Lunatic asylums United Prov. 1922-30 - 1922-1930
Year: 1922
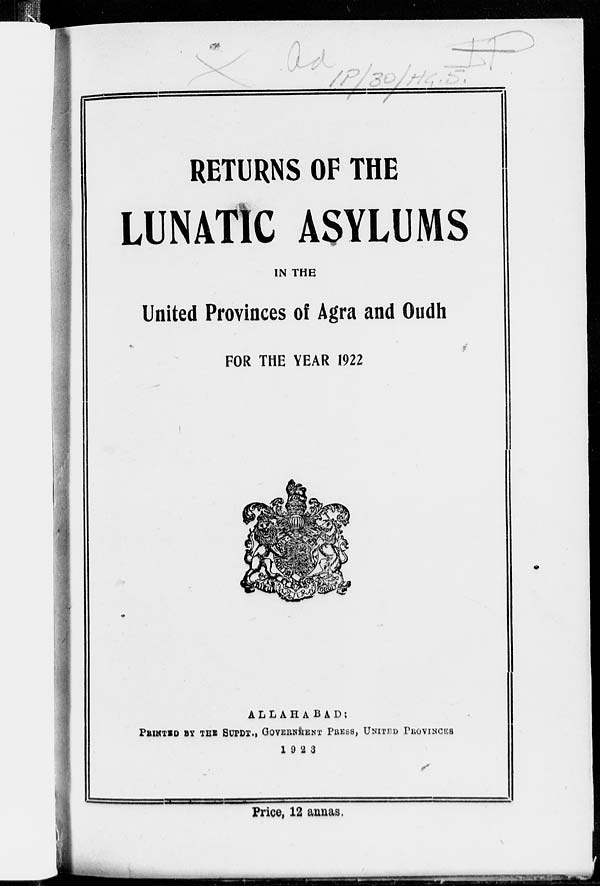
RETURNS OF THE
LUNATIC ASYLUMS
IN THE
United Provinces of Agra and Oudh
FOR THE YEAR 1922
ALLAHABAD:
PRINTED BY THE SUPDT., GOVERNMENT PRESS, UNITED PROVINCES
1923
Price, 12 annas.